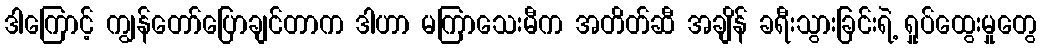
ဒါကြောင့် ကျွန်တော်ပြောချင်တာက ဒါဟာ မကြာသေးမီက အတိတ်ဆီ အချိန် ခရီးသွားခြင်းရဲ့ ရှုပ်ထွေးမှုတွေ